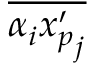
\overline { { \alpha _ { i } { x _ { p } ^ { \prime } } _ { j } } }